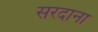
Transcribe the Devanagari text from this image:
सरदाना